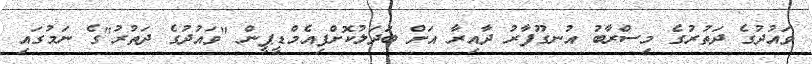
ވައުދުގެ ދަތުރުގެ މިސްރާބު އުނގޫފާރު ދާއިރާ އަށް ބަދަލުކޮށްފިއެމްޑީޕީން "ވައުދުގެ ދަތުރު"ގެ ނަމުގައި